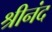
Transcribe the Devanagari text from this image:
श्रीनंद